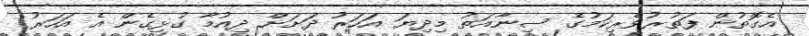
އެގޮތުން ފަތުރުވެރިކަމުގެ ސިނާއަތު މިދިޔަ އަހަރު ދަށަށް ދިއުމާ ގުޅިގެން އެ އަހަރު